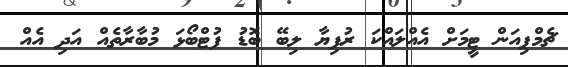
ޗެމްޕިއަން ޓީމަށް އެއްލައްކަ ރުފިޔާ ލިބޭ ބޮޑު ފުޓްބޯޅަ މުބާރާތެއް އަދި އެއް